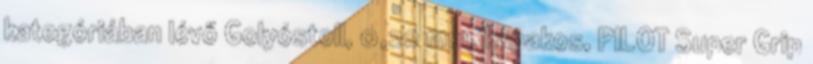
kategóriában lévő Golyóstoll, 0,22 mm, kupakos, PILOT Super Grip